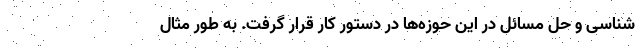
شناسی و حل مسائل در این حوزه‌ها در دستور کار قرار گرفت. به طور مثال